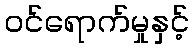
ဝင်ရောက်မှုနှင့်